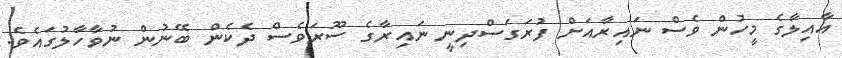
އާއިލާގެ މީހުން ވެސް ނައިރާއަށް ފުރަގަސްދިނީ ނައިރާގެ ސޫރަވެސް ދެކެން ބޭނުން ނުވާހާލުގައެވެ.